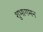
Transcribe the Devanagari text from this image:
शुभागमन